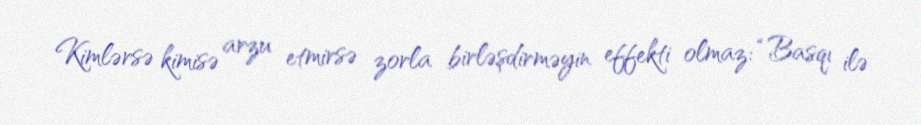
Kimlərsə kimisə arzu etmirsə zorla birləşdirməyin effekti olmaz: “Basqı ilə